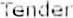
TENDER